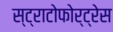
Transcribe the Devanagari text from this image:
स्ट्राटोफोर्ट्रेस